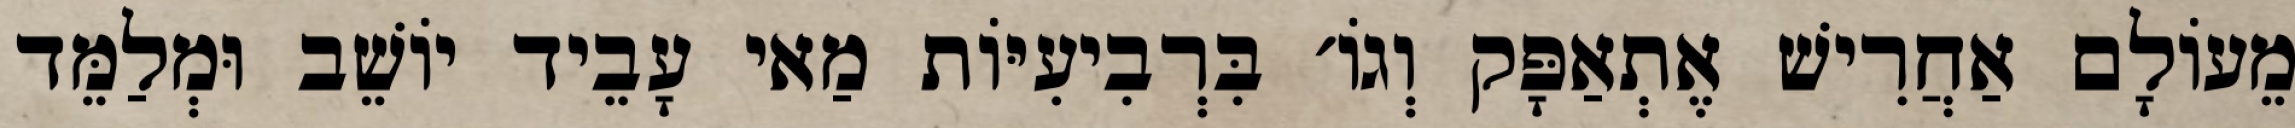
מֵעוֹלָם אַחֲרִישׁ אֶתְאַפָּק וְגוֹ׳ בִּרְבִיעִיּוֹת מַאי עָבֵיד יוֹשֵׁב וּמְלַמֵּד